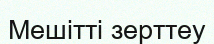
Мешітті зерттеу